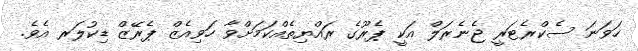
ހަވަނަ ސެކްރެޓަރީ ޖެނެރަލް އަކީ ޕެރޫގެ ރައްޔިތެއްކަމަށްވާ ހަވިއެޒް ޕެރޭޒް ޑިކުލަރ އެވެ.